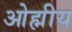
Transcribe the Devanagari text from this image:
ओह्मीय